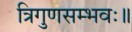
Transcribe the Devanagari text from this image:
त्रिगुणसम्भवः॥